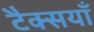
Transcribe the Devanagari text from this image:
टैक्सयाँ